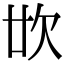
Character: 𣢓